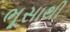
ભૂસાથી